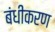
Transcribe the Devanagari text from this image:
बंधीकरण